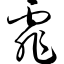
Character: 霏